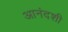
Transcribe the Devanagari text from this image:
आनंदशी